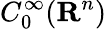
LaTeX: C_{0}^{\infty}(\mathbf{R}^{n})